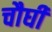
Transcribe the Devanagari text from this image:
चौघी